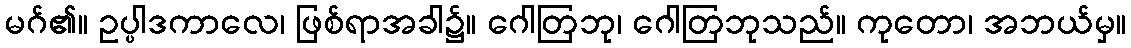
မဂ်၏။ ဥပ္ပါဒကာလေ၊ ဖြစ်ရာအခါ၌။ ဂေါတြဘု၊ ဂေါတြဘုသည်။ ကုတော၊ အဘယ်မှ။